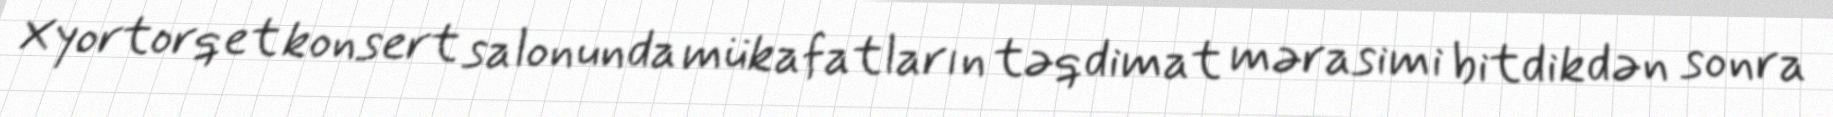
Xyortorqet konsert salonunda mükafatların təqdimat mərasimi bitdikdən sonra